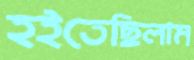
হইতেছিলাম